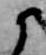
候